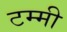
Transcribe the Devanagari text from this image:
टम्मी